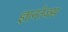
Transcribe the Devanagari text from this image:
ज्ञानतेजसः